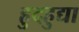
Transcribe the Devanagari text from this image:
हुदहुद्या